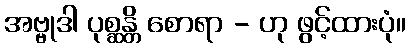
အဗ္ဗုဒါ ပုစ္ဆန္တိ စောရာ - ဟု ဖွင့်ထားပုံ။